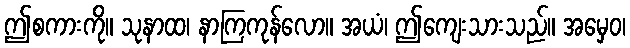
ဤစကားကို။ သုနာထ၊ နာကြကုန်လော။ အယံ၊ ဤကျေးသားသည်။ အမှေဝ၊